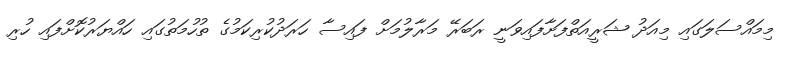
މިމައްސަލަގައި މިއަދު ޝަރީއަތްފަށާފައިވަނީ ރަބަރޭ މަރާލުމަށް ފައިސާ ހަރަދުކުރިކަމުގެ ތުހުމަތުގައި ހައްޔަރުކޮށްފައި ހުރި